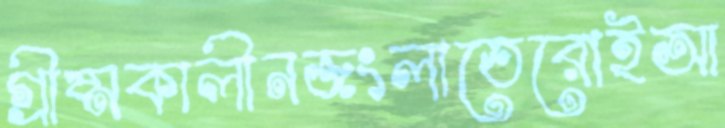
গ্রীষ্মকালীনজংলাতেরোইআ